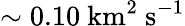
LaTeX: \sim 0.10\ \mathrm{km^{2}\ s^{-1}}